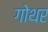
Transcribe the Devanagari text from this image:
गोथर